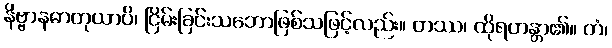
နိဗ္ဗာနဓာတုယာပိ၊ ငြိမ်းခြင်းသဘောဖြစ်သဖြင့်လည်း။ တဿ၊ ထိုရဟန္တာ၏။ တံ၊